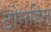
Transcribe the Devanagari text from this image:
टोनहिन